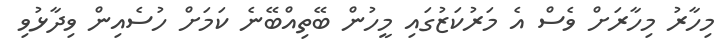
މިހާރު މިހާރަށް ވެސް އެ މަރުކަޒުގައި މީހުން ބޭތިއްބޭނެ ކަމަށް ހުސެއިން ވިދާޅުވި